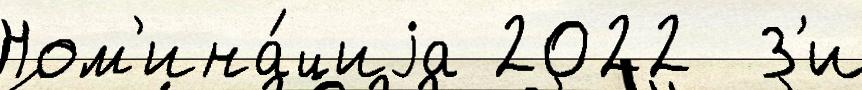
Ном'ина́циjа 2022  З'и